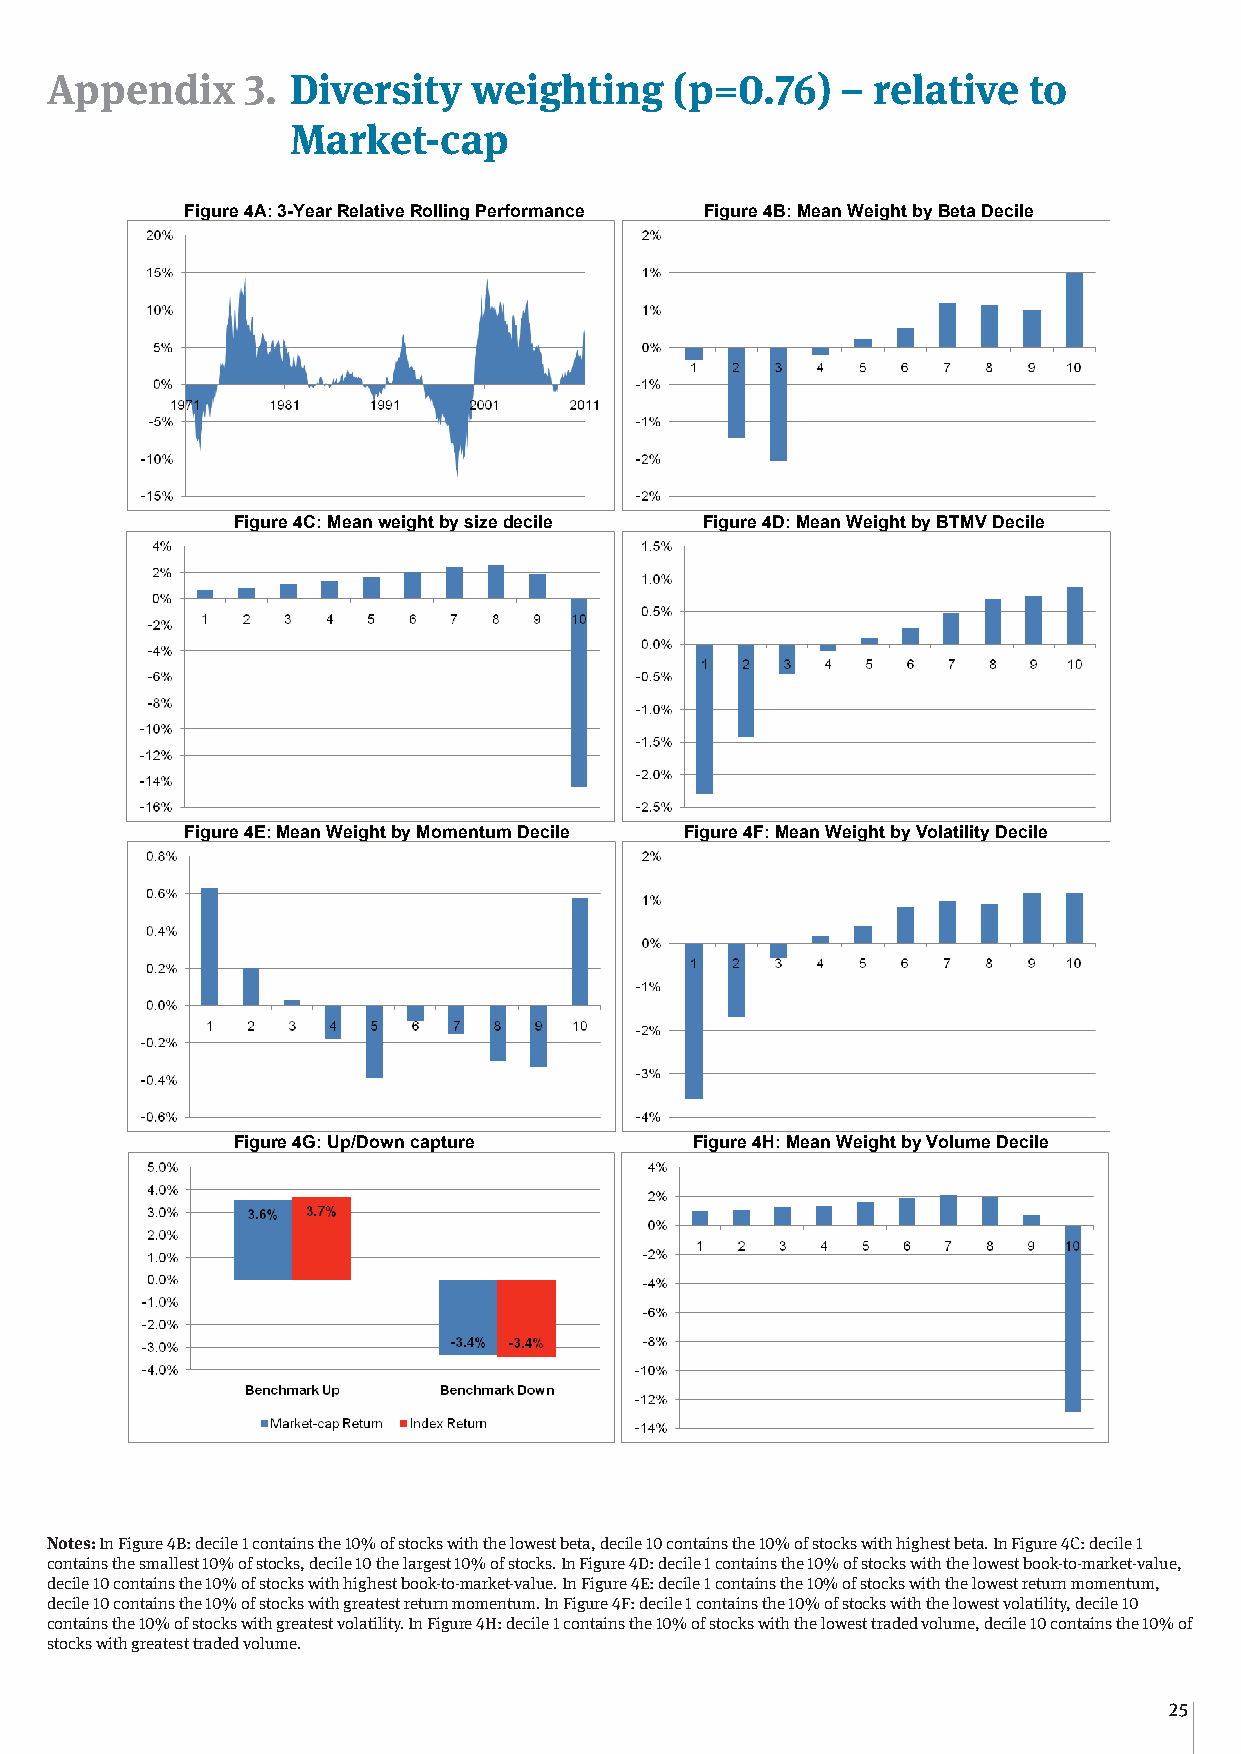
Appendix     3. Diversity   weighting     (p=0.76)   – relative  to
 Market-cap
 Appendix 3: Diversity weighting (p=0.76) – relative to Market-cap
 Figure 4A: 3-Year Relative Rolling Performance Figure 4B: Mean Weight by Beta Decile
 Figure 4C: Mean weight by size decile Figure 4D: Mean Weight by BTMV Decile
 Figure 4E: Mean Weight by Momentum Decile Figure 4F: Mean Weight by Volatility Decile
 Figure 4G: Up/Down capture     Figure 4H: Mean Weight by Volume Decile
 Notes: In Figure 4B: decile 1 contains the 10% of stocks with the lowest beta, decile 10 contains the 10% of stocks with highest
 beta. In Figure 4C: decile 1 contains the smallest 10% of stocks, decile 10 the largest 10% of stocks. In Figure 4D: decile 1
 contains the 10% of stocks with the lowest book-to-market-value, decile 10 contains the 10% of stocks with highest book-to-
 market-value. In Figure 4E: decile 1 contains the 10% of stocks with the lowest return momentum, decile 10 contains the 10%
 Notes: In Figure 4B: decile 1 contains the 10% of stocks with the lowest beta, decile 10 contains the 10% of stocks with highest beta. In Figure 4C: decile 1
 of stocks with greatest return momentum. In Figure 4F: decile 1 contains the 10% of stocks with the lowest volatility, decile 10
 contains the smallest 10% of stocks, decile 10 the largest 10% of stocks. In Figure 4D: decile 1 contains the 10% of stocks with the lowest book-to-market-value,
 contains the 10% of stocks with greatest volatility. In Figure 4H: decile 1 contains the 10% of stocks with the lowest traded
 decile 10 contains the 10% of stocks with highest book-to-market-value. In Figure 4E: decile 1 contains the 10% of stocks with the lowest return momentum,
 volume, decile 10 contains the 10% of stocks with greatest traded volume.
 decile 10 contains the 10% of stocks with greatest return momentum. In Figure 4F: decile 1 contains the 10% of stocks with the lowest volatility, decile 10
 contains the 10% of stocks with greatest volatility. In Figure 4H: decile 1 contain s the 10% of stocks with the lowest traded volume, decile 10 contains the 10% of
 stocks with greatest traded volume.
 35
 25